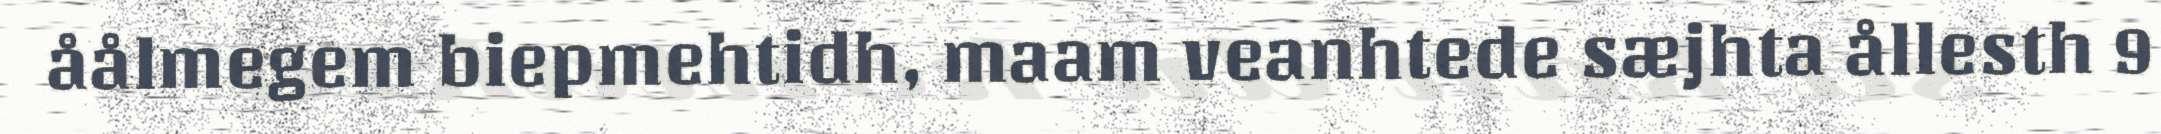
åålmegem biepmehtidh, maam veanhtede sæjhta ållesth 9